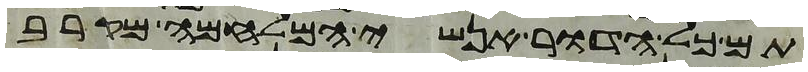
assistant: תם כל הדור אנשי המלחמה מקרב